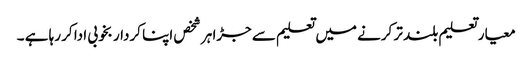
معیار تعلیم بلند تر کرنے میں تعلیم سے جڑا ہر شخص اپنا کردار بخوبی ادا کر رہا ہے ۔